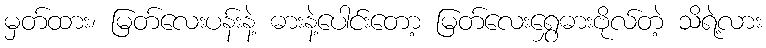
မှတ်ထား၊ မြတ်လေးပန်းနဲ့ ဓားနဲ့ပေါင်းတော့ မြတ်လေးရွှေဓားဗိုလ်တဲ့ သိရဲ့လား